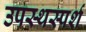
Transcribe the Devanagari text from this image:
उपस्थस्पर्श